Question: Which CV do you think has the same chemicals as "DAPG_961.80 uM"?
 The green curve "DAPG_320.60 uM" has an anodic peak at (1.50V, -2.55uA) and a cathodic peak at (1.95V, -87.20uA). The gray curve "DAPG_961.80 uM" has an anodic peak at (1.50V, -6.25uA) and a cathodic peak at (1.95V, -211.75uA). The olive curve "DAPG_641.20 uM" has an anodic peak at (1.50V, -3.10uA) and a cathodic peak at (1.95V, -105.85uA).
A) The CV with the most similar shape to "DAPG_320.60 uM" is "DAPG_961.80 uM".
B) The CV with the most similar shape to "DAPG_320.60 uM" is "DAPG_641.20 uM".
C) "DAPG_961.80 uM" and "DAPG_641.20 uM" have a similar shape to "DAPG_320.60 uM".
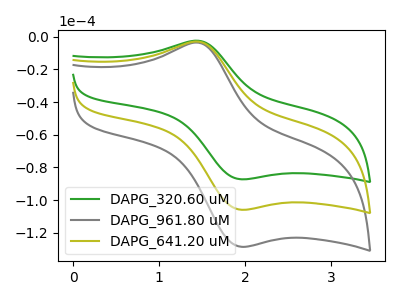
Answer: <think>All the peaks in "DAPG_320.60 uM" have a peak in "DAPG_961.80 uM" at the same potential. All the peaks in "DAPG_320.60 uM" have a peak in "DAPG_641.20 uM" at the same potential. All the peaks in "DAPG_961.80 uM" have a peak in "DAPG_641.20 uM" at the same potential.
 </think>
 <answer>C) "DAPG_961.80 uM" and "DAPG_641.20 uM" have a similar shape to "DAPG_320.60 uM".</answer>
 <eval>C</eval>